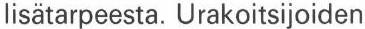
lisätarpeesta. Urakoitsijoiden